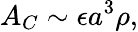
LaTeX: A_{C}\sim\epsilon a^{3}\rho,